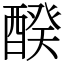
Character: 䤆